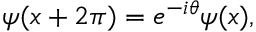
\psi ( x + 2 \pi ) = e ^ { - i \theta } \psi ( x ) ,